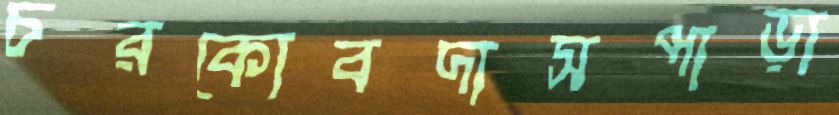
চরকোবদাসপাড়া